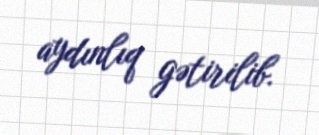
aydınlıq gətirilib.